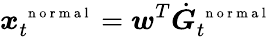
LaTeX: \boldsymbol x_{t}^{\mathrm{~\scriptsize~n~o~r~m~a~l~}}=\boldsymbol w^{T}\dot{\boldsymbol G}_{t}^{\mathrm{~\scriptsize~n~o~r~m~a~l~}}